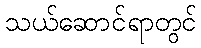
သယ်ဆောင်ရာတွင်